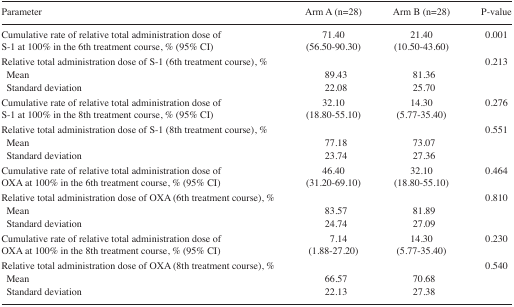
| Parameter | Arm A (n=28) | Arm B (n=28) | P-value |
 | --- | --- | --- | --- |
 | Cumulative rate of relative total administration dose of S-1 at 100% in the 6th treatment course, % (95% CI) | 71.40 (56.50–90.30) | 21.40 (10.50–43.60) | 0.001 |
 | Relative total administration dose of S-1 (6th treatment course), % |  |  | 0.213 |
 | Mean | 89.43 | 81.36 |  |
 | Standard deviation | 22.08 | 25.70 |  |
 | Cumulative rate of relative total administration dose of S-1 at 100% in the 8th treatment course, % (95% CI) | 32.10 (18.80–55.10) | 14.30 (5.77–35.40) | 0.276 |
 | Relative total administration dose of S-1 (8th treatment course), % |  |  | 0.551 |
 | Mean | 77.18 | 73.07 |  |
 | Standard deviation | 23.74 | 27.36 |  |
 | Cumulative rate of relative total administration dose of OXA at 100% in the 6th treatment course, % (95% CI) | 46.40 (31.20–69.10) | 32.10 (18.80–55.10) | 0.464 |
 | Relative total administration dose of OXA (6th treatment course), % |  |  | 0.810 |
 | Mean | 83.57 | 81.89 |  |
 | Standard deviation | 24.74 | 27.09 |  |
 | Cumulative rate of relative total administration dose of OXA at 100% in the 8th treatment course, % (95% CI) | 7.14 (1.88–27.20) | 14.30 (5.77–35.40) | 0.230 |
 | Relative total administration dose of OXA (8th treatment course), % |  |  | 0.540 |
 | Mean | 66.57 | 70.68 |  |
 | Standard deviation | 22.13 | 27.38 |  |